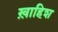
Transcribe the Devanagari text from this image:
ख़ाहिश